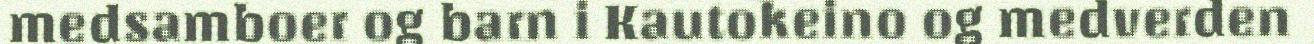
medsamboer og barn i Kautokeino og medverden